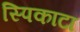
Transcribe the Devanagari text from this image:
स्पिकाटा